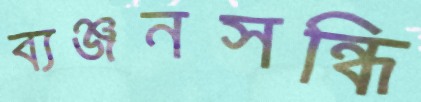
ব্যঞ্জনসন্ধি